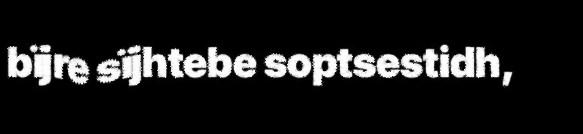
bïjre sïjhtebe soptsestidh,